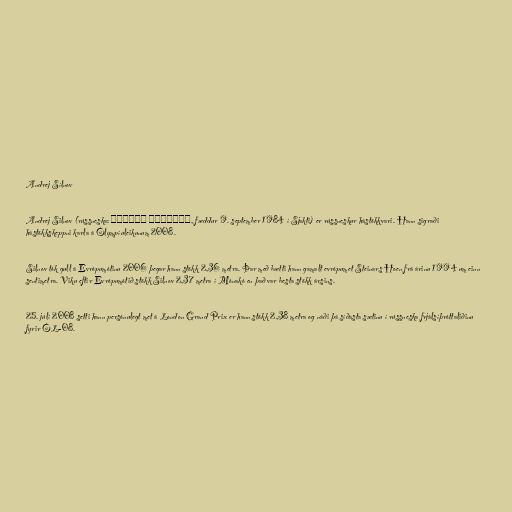
Andrej Sílnov

Andrej Silnov (rússneska: Андрей Сильнов, fæddur 9. september 1984 í Sjakti) er rússneskur hástökkvari. Hann sigraði
hástökkskeppni karla á Ólympíuleikunum 2008.

Silnov tók gull á Evrópumótinu 2006 þegar hann stökk 2,36 metra. Þar með bætti hann gamalt evrópumet Steinars Hoen frá árinu 1994 um einn
sentimetra. Viku eftir Evrópumótið stökk Silnov 2,37 metra í Mónakó en það var besta stökk ársins.

25. júlí 2008 setti hann persónulegt met á London Grand Prix er hann stökk 2,38 metra og náði þá síðasta sætinu í rússneska frjálsíþróttaliðinu
fyrir ÓL-08.